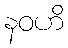
နဝဟိ